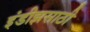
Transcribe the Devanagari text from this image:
इंडीझसाठी